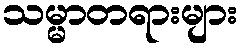
သမ္မာတရားများ